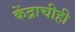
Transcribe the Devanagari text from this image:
केंद्राचीही